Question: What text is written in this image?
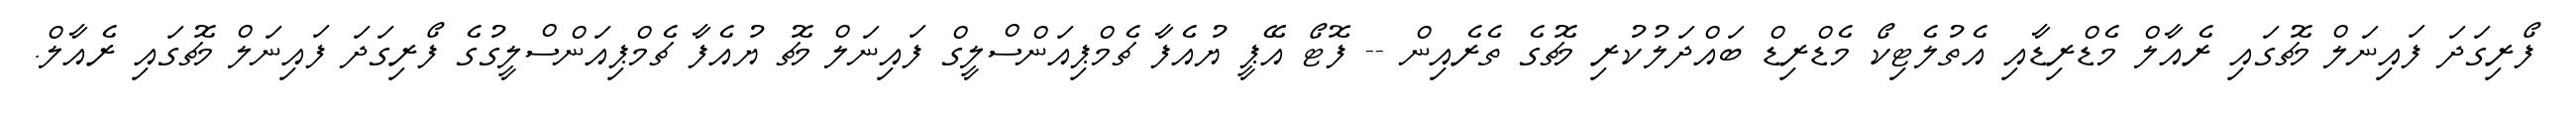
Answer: ފޯރިގަދަ ފައިނަލް މެޗުގައި ރެއާލް މެޑްރިޑާއި އެތުލެޓިކޯ މެޑްރިޑް ބައްދަލުކުރި މެޗުގެ ތެރެއިން -- ފޮޓޯ އޭޕީ ޔުއެފާ ޗެމްޕިއަންސްލީގް ފައިނަލް މެޗު ޔުއެފާ ޗެމްޕިއަންސްލީގުގެ ފޯރިގަދަ ފައިނަލް މެޗުގައި ރެއާލް.